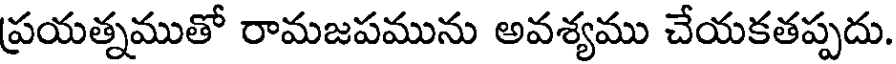
ప్రయత్నముతో రామజపమును అవశ్యము చేయకతప్పదు.